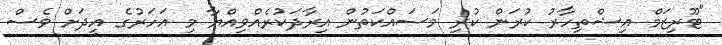
"ޓޫރިޒަމް އިޝްތިހާރު ކުރަން ކުރި މަސައްކަތުން އިރާދަކުރެއްވިއްޔާ މި އަހަރުގެ އީދަށް ވެސް